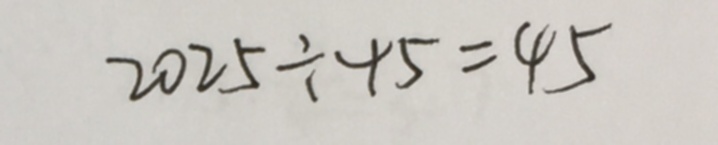
2 0 2 5 \div 4 5 = 4 5